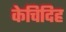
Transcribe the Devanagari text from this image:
केचिदिह